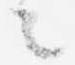
々